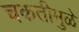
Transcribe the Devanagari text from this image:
चकतीमुळे